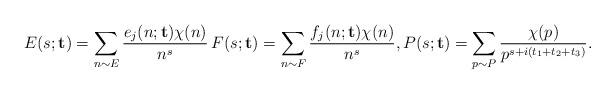
LaTeX: \begin{align*}E(s;\mathbf{t})=\sum_{n\sim E}\frac{e_j(n;\mathbf{t})\chi(n)}{n^s}\,F(s;\mathbf{t})=\sum_{n\sim F}\frac{f_j(n;\mathbf{t})\chi(n)}{n^s},P(s;\mathbf{t})=\sum_{p\sim P}\frac{\chi(p)}{p^{s+i(t_1+ t_2 +t_3)}}.\end{align*}